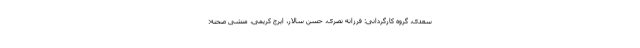
سعدی، گروه کارگردانی: فرزانه نصری، حسن سالار، ایرج کریمی، منشی صحنه: